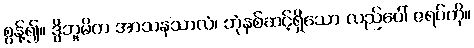
စွန့်၍။ ဒွိဘူမိက အာသနသာလံ၊ ဘုံနှစ်ဆင့်ရှိသော လည်ပေါ် ဇရပ်ကို။